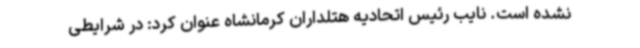
نشده است. نایب رئیس اتحادیه هتلداران کرمانشاه عنوان کرد: در شرایطی